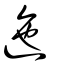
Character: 迤